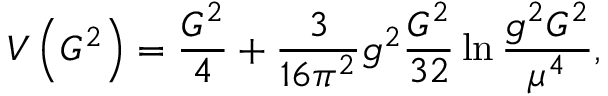
V \left( G ^ { 2 } \right) = \frac { G ^ { 2 } } 4 + \frac 3 { 1 6 \pi ^ { 2 } } g ^ { 2 } \frac { G ^ { 2 } } { 3 2 } \ln \frac { g ^ { 2 } G ^ { 2 } } { \mu ^ { 4 } } ,